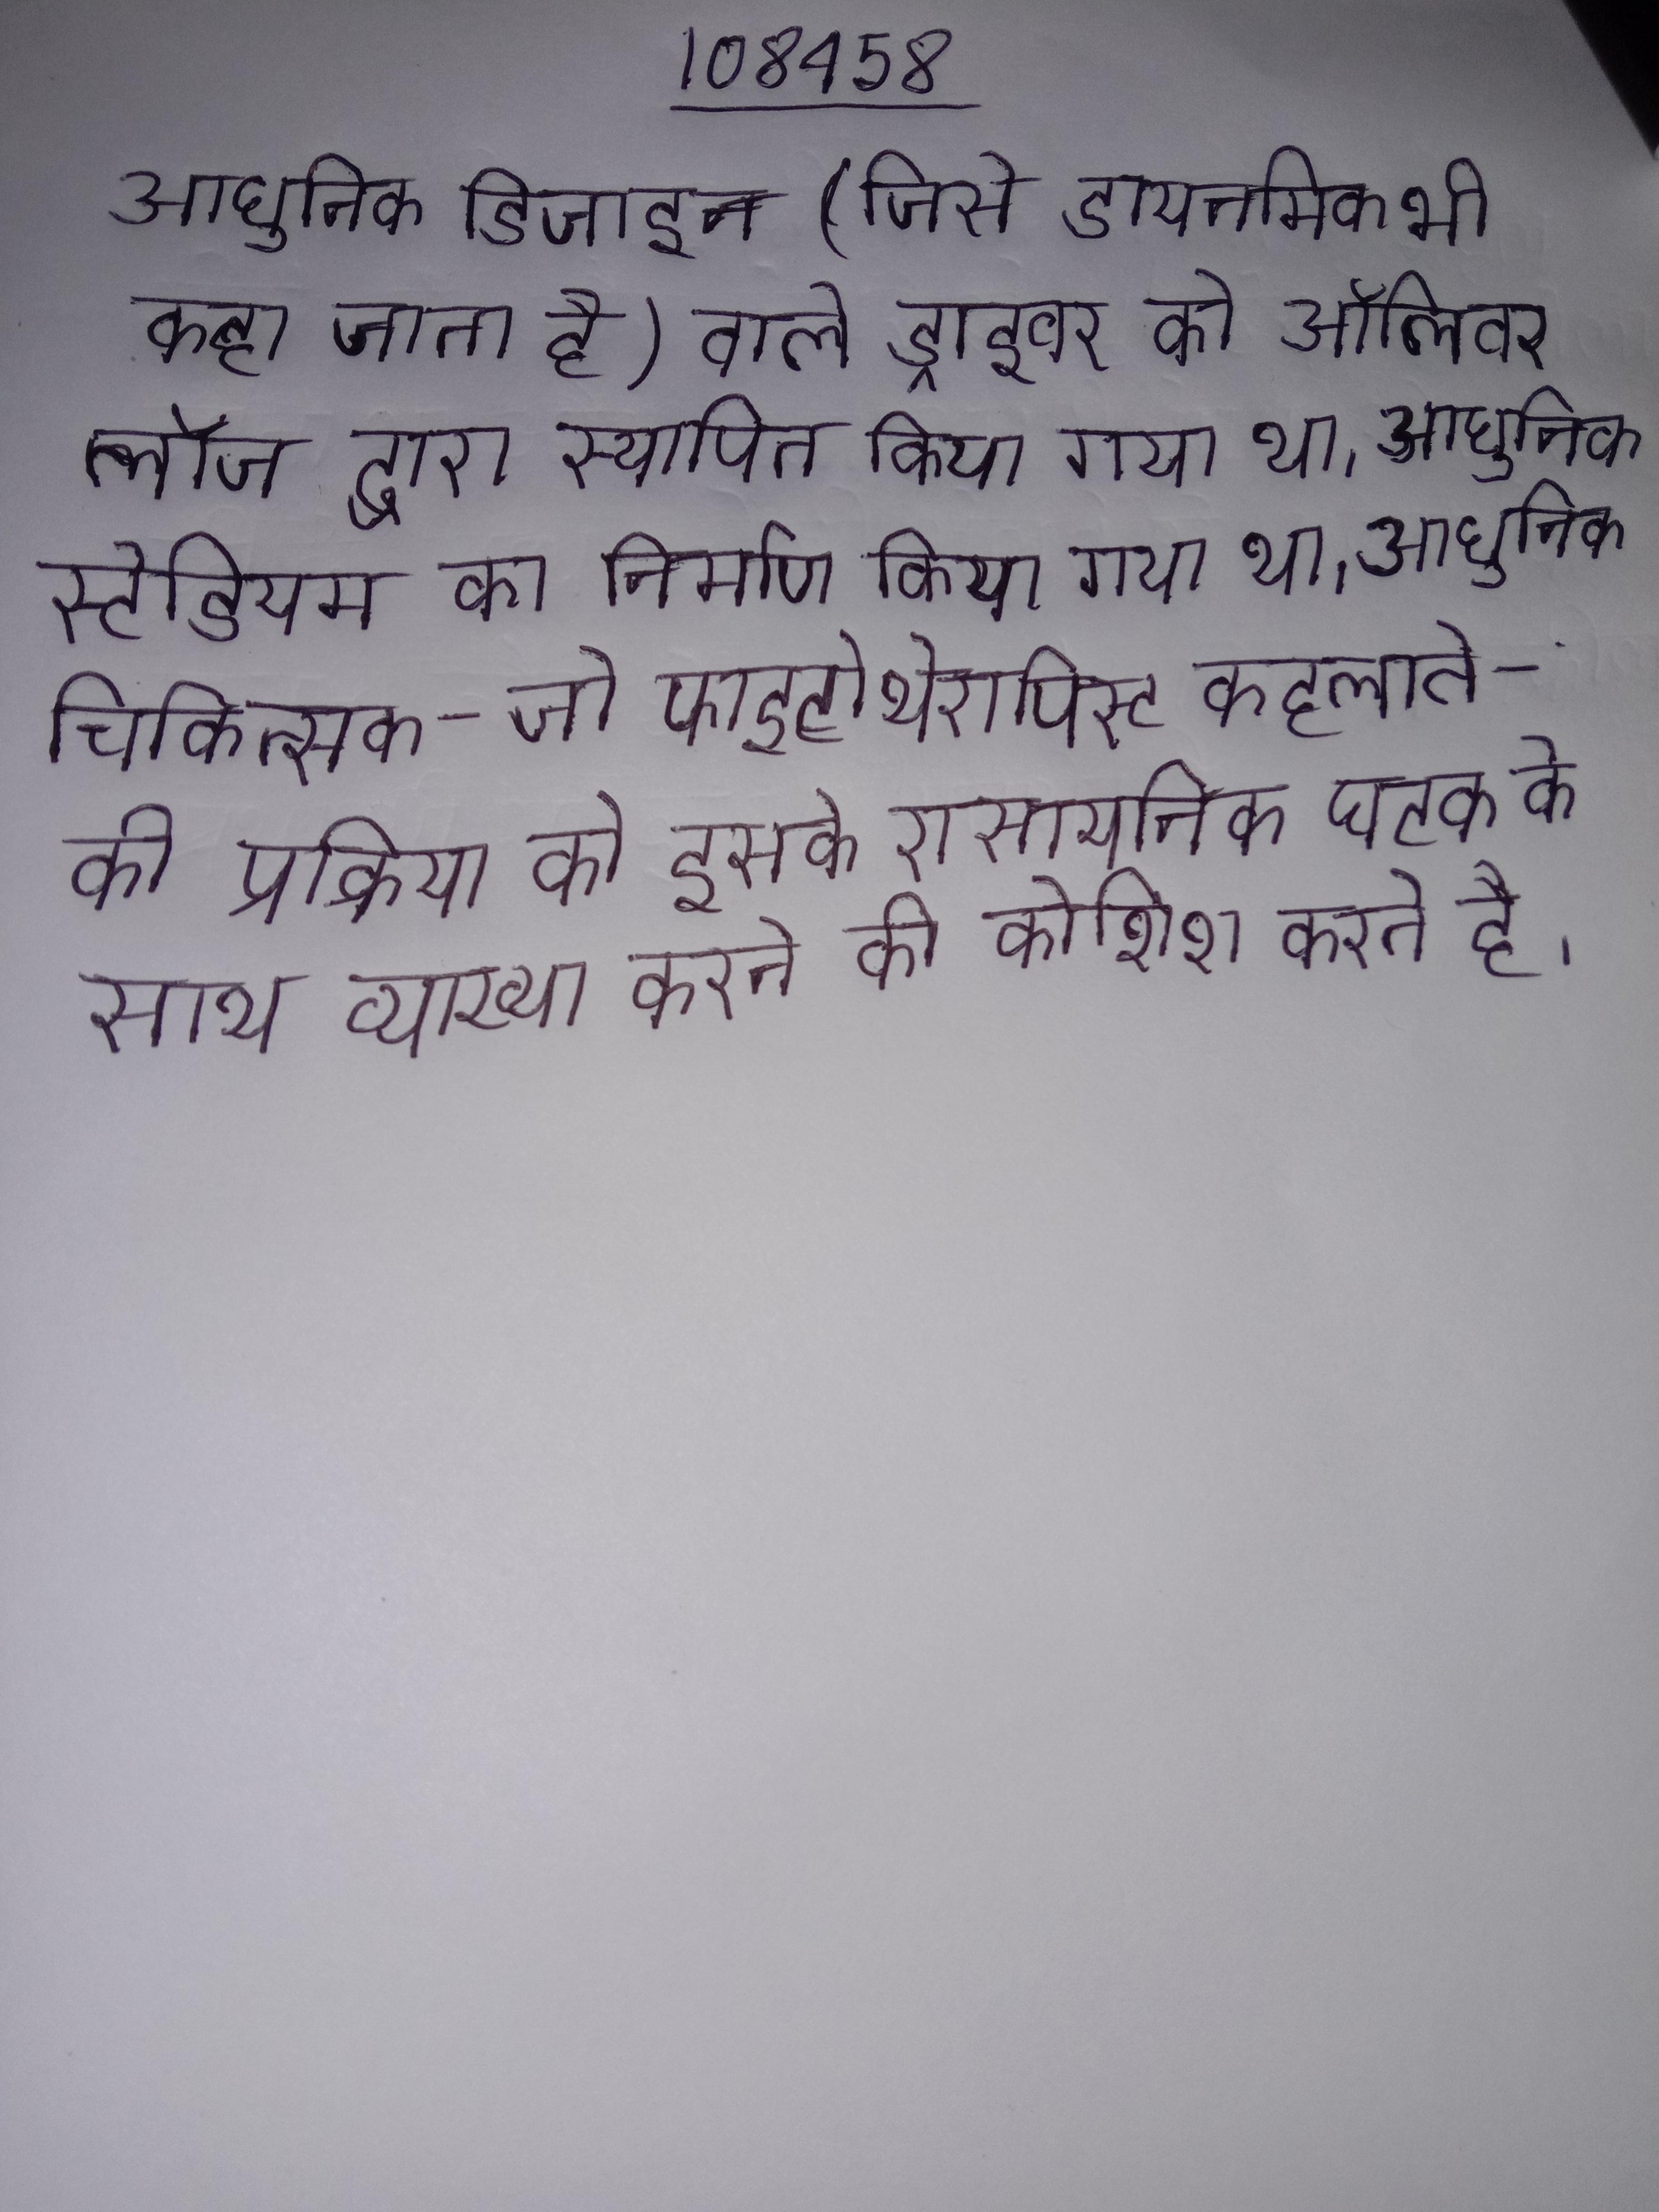
आधुनिक डिजाइन (जिसे डायनमिक भी कहा जाता है) वाले ड्राइवर को ऑलिवर लॉज द्वारा स्थापित किया गया था । आधुनिक स्टेडियम का निर्माण किया गया था । आधुनिक चिकित्सक - जो फाइटोथेरापिस्ट कहलाते - की प्रक्रिया को इसके रासायनिक घटक के साथ व्याख्या करने की कोशिश करते है ।